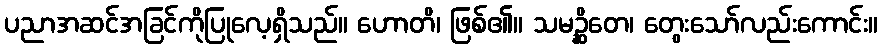
ပညာအဆင်အခြင်ကိုပြုလေ့ရှိသည်။ ဟောတိ၊ ဖြစ်၏။ သမဉ္ဆိတေ၊ တွေးသော်လည်းကောင်း။